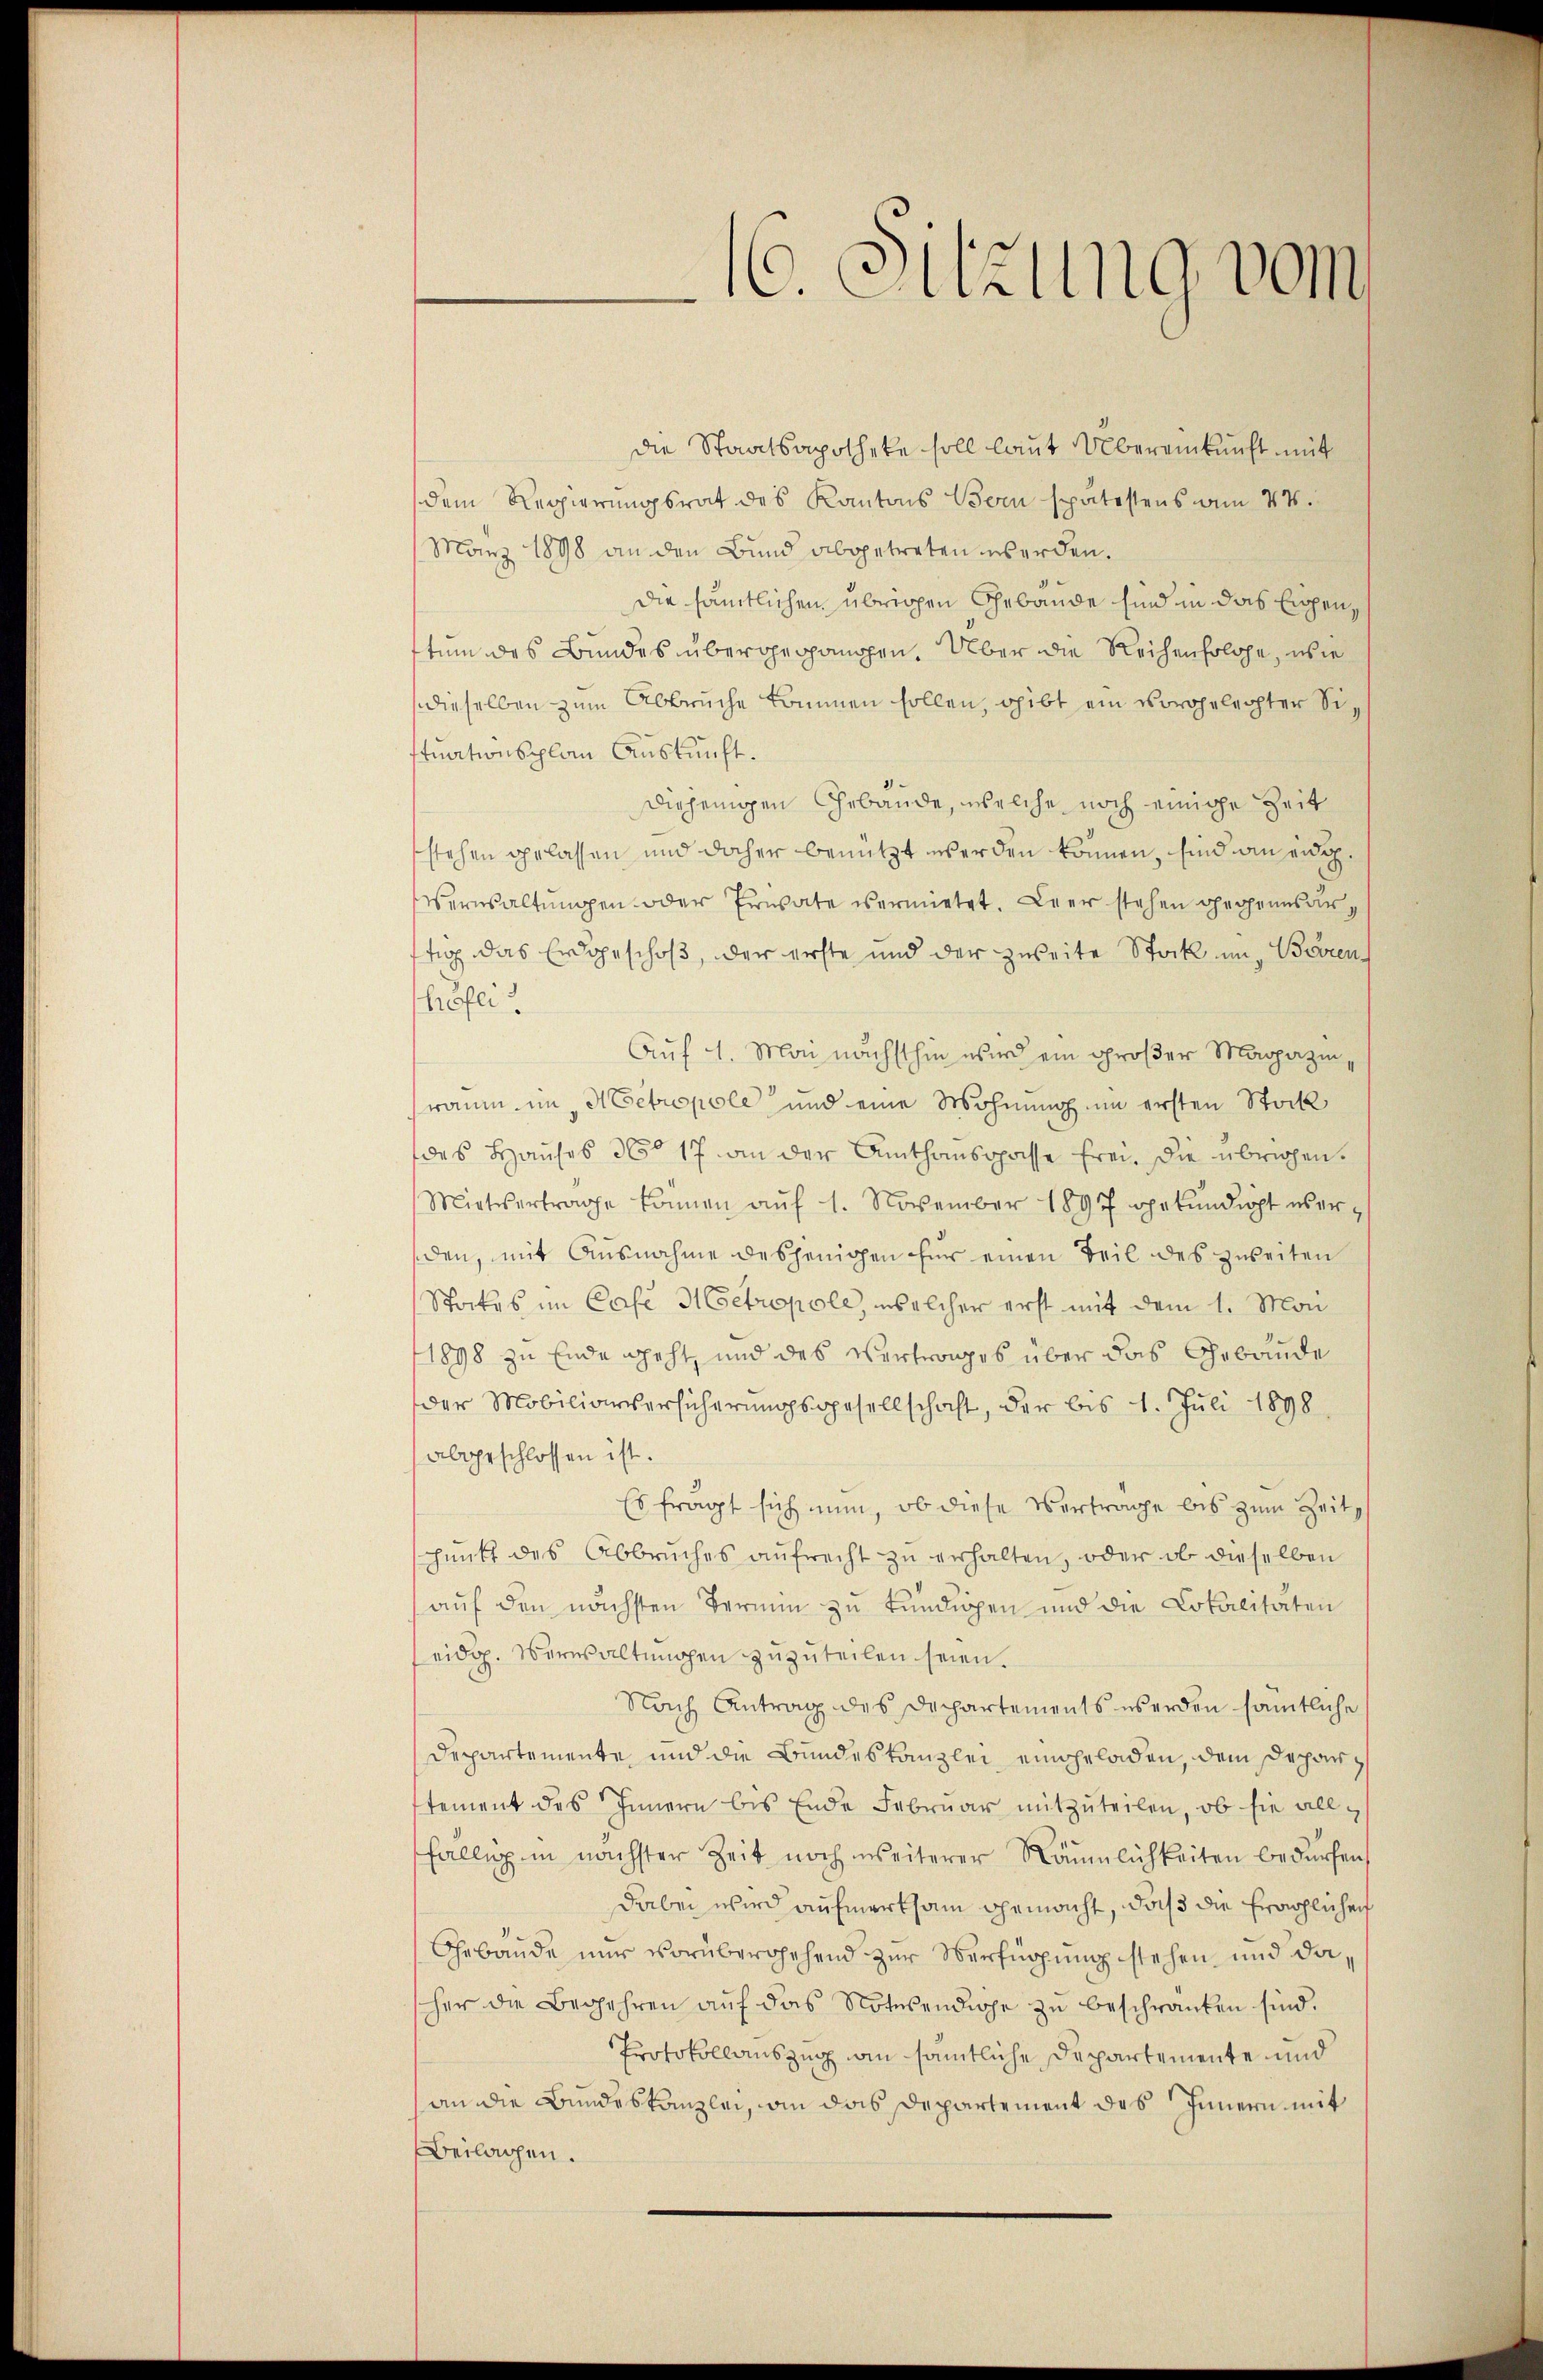
16. Sitzung vom

Die Staatsapotheke soll laut Übereinkunft mit
dem Regierungsrat des Kantons Bern spätestens am 24.
März 1898 an den Bund abgetreten werden.
die sämtlichen übrigen Gebäude sind in das Eigentum des Bundes übergegangen. Über die Reihenfolge, wie
dieselben zum Abbruche kommen sollen, gibt ein vorgelechter Sistuationsplan Auskunft.
diejenigen Gebäude, welche noch einige Zeit
stehen gelassen und daher benützt werden können, sind an eidge¬
Verwaltungen oder Erwäte vermietet. Leer stehen gegenesartig das Erdgeschoß, der erste und der zweite Stock in Bären,
höfei.
Auf 4. Mai nächsthin wird ein großer Magazin,
raum im Metropole und eine Wohnung im ersten Stock
des Hauses No 17 an der Amthausspasse frei, die übrigen.
Mietvertrage können aŭf 1. November 1897 opekŭndigt überden, mit Ausnahme desjenigen für einen Teil des zweiten
Stockes im Case Metropole, welcher erst mit dem 1. Mon
1898 zu Ende geht, und des Vertrages über das Gebäude
der Mobiliarversicherungsgesellschaft, der bis 1. Juli 1898
abgeschlossen ist.
Es fragt sich nun, ob diese Verträge bis zum Zeit
punkt des Abbruches aufrecht zu erhalten, oder ob dieselben
auf den nächsten Termin zu kündigen und die Lokalitäten
eidg. Verwaltungen zuzuteilen seien.
Nach Antrag des Dechartements werden sämtliche
Departemente, und die Bundeskanzlei eingeladen, dem Deparstement des Innern bis Ende Februar mitzŭteilen, ob sie allfällig in nächster Zeit noch weiterer Räumlichkeiten bedürfen,
dabei wird aufmerksam gemacht, daß die fraglichen
Gebäude nur vorübergehend zur Verfügung stehen und dasher die Begehren auf das Notwendige zu beschränken sind.
Protokollauszug an sämtliche Departemente und
(an die Bundeskanzlei, an das Departement des Innern mit
Beilagen.